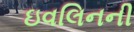
ઇવલિનની